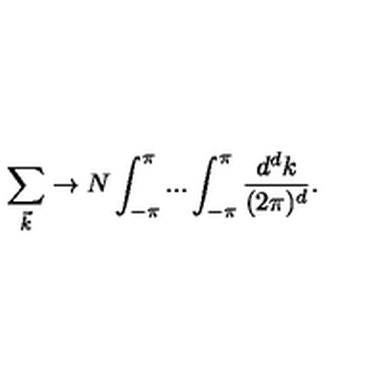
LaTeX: \sum _ { \vec { k } } \rightarrow N \int _ { - \pi } ^ { \pi } . . . \int _ { - \pi } ^ { \pi } \frac { d ^ { d } k } { ( 2 \pi ) ^ { d } } .